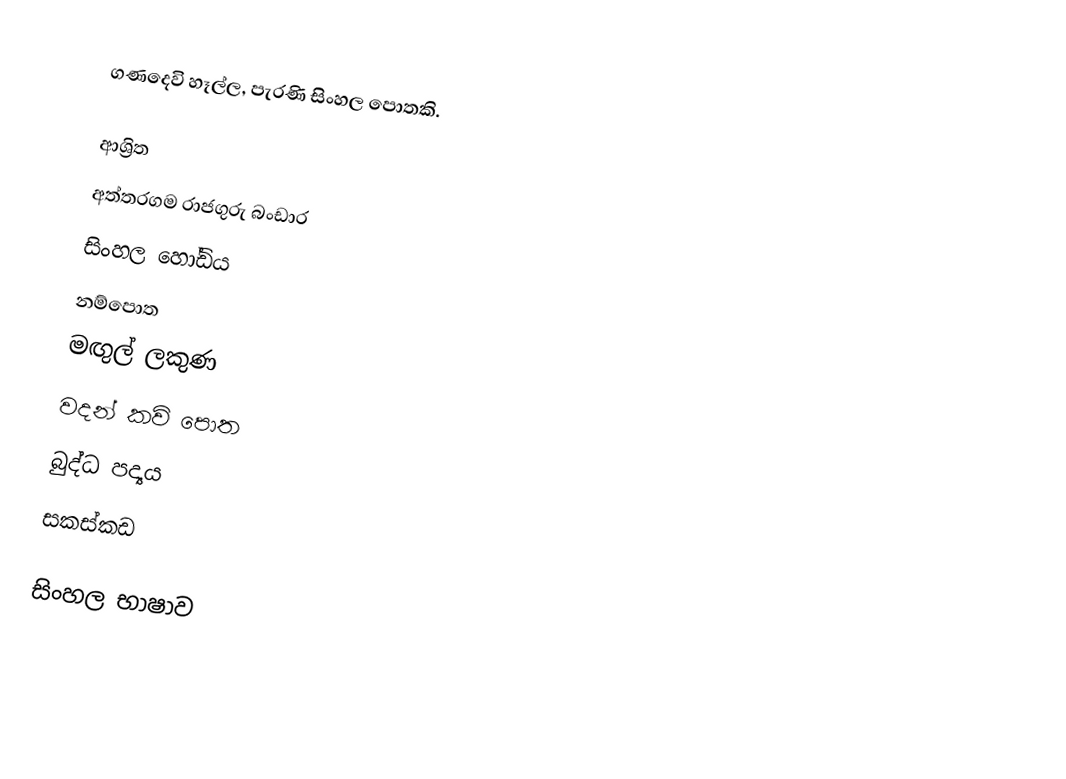
ගණදෙවි හෑල්ල, පැරණි සිංහල පොතකි.

ආශ්‍රිත
 අත්තරගම රාජගුරු බංඩාර
 සිංහල හෝඩිය
 නම්පොත
 මඟුල් ලකුණ
 වදන් කවි පොත
 බුද්ධ පද්‍යය
 සකස්කඩ

සිංහල භාෂාව